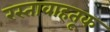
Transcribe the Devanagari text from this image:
रस्तावाहतूक